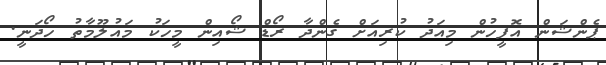
ޕެންޝަން އޮފީހުން މިއަދު ކުރިއަށް ގެންދާ ރޯޑް ޝޯއިން މީހަކު މައުލޫމާތު ހޯދަނީ.